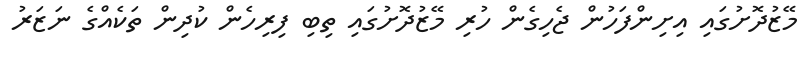
މޭޒުދޮށުގައި އިށިންފަހުން ޖެހިގެން ހުރި މޭޒުދޮށުގައި ތިބި ފިރިހެން ކުދިން ތަކެއްގެ ނަޒަރު